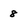
Character: 8